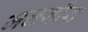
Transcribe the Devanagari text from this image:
जलजीरा